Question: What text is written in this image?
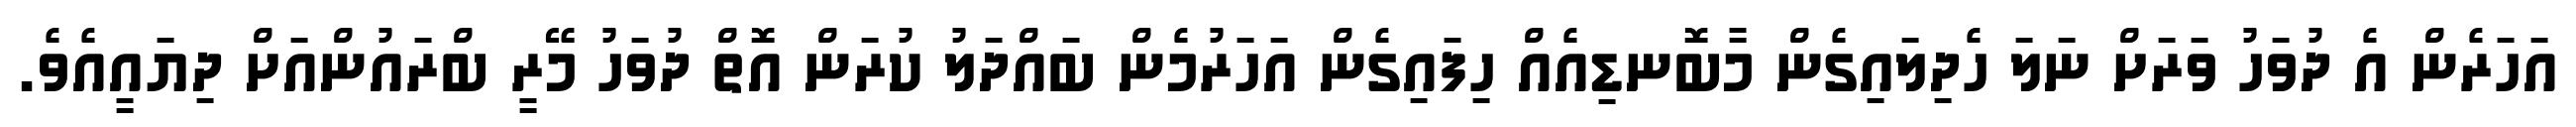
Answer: އަހަރެން އެ ދުވަހު ވަރަށް ނަލަ ހެދިލައިގެން މާބޮނޑިއެއް ހިފައިގެން އަހަރުމެން ބައްދަލު ކުރަން އޮތް ދުވަހު މޭރީ ބްރައުންއަށް ދިޔައީއެވެ.